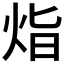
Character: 𭴛